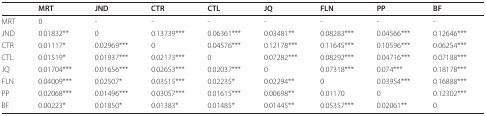
<table><thead><tr><td></td><td><b>MRT</b></td><td><b>JND</b></td><td><b>CTR</b></td><td><b>CTL</b></td><td><b>JQ</b></td><td><b>FLN</b></td><td><b>PP</b></td><td><b>BF</b></td></tr></thead><tbody><tr><td>MRT</td><td>0</td><td>-</td><td>-</td><td>-</td><td>-</td><td>-</td><td>-</td><td>-</td></tr><tr><td>JND</td><td>0.01832**</td><td>0</td><td>0.13739***</td><td>0.06361***</td><td>0.03481**</td><td>0.08283***</td><td>0.04566***</td><td>0.12646***</td></tr><tr><td>CTR</td><td>0.01117*</td><td>0.02969***</td><td>0</td><td>0.04576***</td><td>0.12178***</td><td>0.11645***</td><td>0.10596***</td><td>0.06254***</td></tr><tr><td>CTL</td><td>0.01519*</td><td>0.01937***</td><td>0.02173***</td><td>0</td><td>0.07282***</td><td>0.08292***</td><td>0.04716***</td><td>0.07188***</td></tr><tr><td>JQ</td><td>0.01704***</td><td>0.01656***</td><td>0.02653***</td><td>0.02037***</td><td>0</td><td>0.07318***</td><td>0.074***</td><td>0.18178***</td></tr><tr><td>FLN</td><td>0.04009***</td><td>0.02507*</td><td>0.03515***</td><td>0.02235*</td><td>0.02294**</td><td>0</td><td>0.03954***</td><td>0.16888***</td></tr><tr><td>PP</td><td>0.02068***</td><td>0.01496***</td><td>0.03057***</td><td>0.01615***</td><td>0.00698**</td><td>0.01170</td><td>0</td><td>0.12302***</td></tr><tr><td>BF</td><td>0.00223*</td><td>0.01850*</td><td>0.01383*</td><td>0.01485*</td><td>0.01445**</td><td>0.05357***</td><td>0.02061**</td><td>0</td></tr></tbody></table>